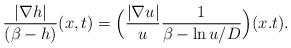
LaTeX: \begin{align*}\displaystyle \frac{|\nabla h|}{(\beta-h)}(x,t) = \Big(\frac{|\nabla u|}{u}\frac{1}{\beta- \ln u/D} \Big)(x.t). \end{align*}